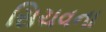
સિચવના